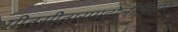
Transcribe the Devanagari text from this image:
गीतसीतारामहोलीविहार